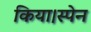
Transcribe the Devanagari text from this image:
किया।स्पेन